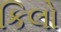
કિલો